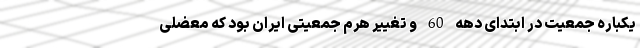
یکباره جمعیت در ابتدای دهه 60 و تغییر هرم جمعیتی ایران بود که معضلی